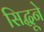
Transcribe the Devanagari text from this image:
सिद्धूने